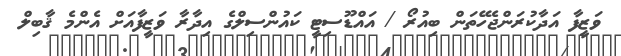
ވަޒީފާ އަދާކުރަންޖެހޭތަން ބިއުރޯ / އައްޑޫސިޓީ ކައުންސިލްގެ އިދާރާ ވަޒީފާއަށް އެންމެ ޤާބިލް